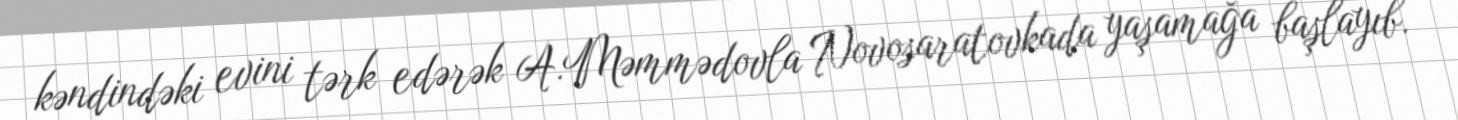
kəndindəki evini tərk edərək A.Məmmədovla Novosaratovkada yaşamağa başlayıb.